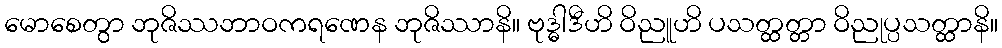
မောစေတွာ ဘုဇိဿဘာဝကရဏေန ဘုဇိဿာနိ။ ဗုဒ္ဓါဒီဟိ ဝိညူဟိ ပသတ္ထတ္တာ ဝိညုပ္ပသတ္ထာနိ။